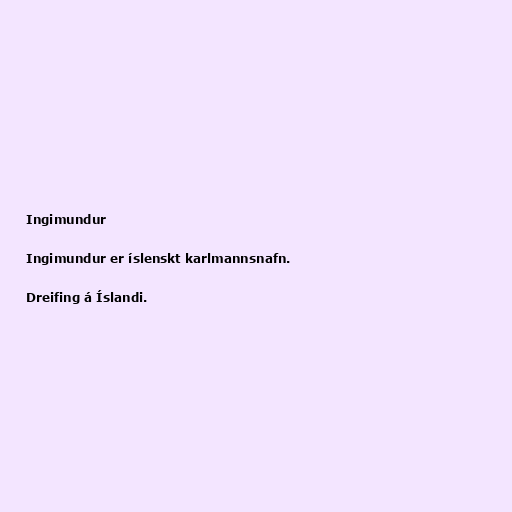
Ingimundur

Ingimundur er íslenskt karlmannsnafn.

Dreifing á Íslandi.